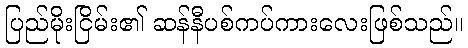
ပြည်မိုးငြိမ်း၏ ဆန်နီပစ်ကပ်ကားလေးဖြစ်သည်။